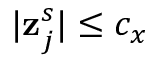
| \mathbf { z } _ { j } ^ { s } | \le c _ { x }